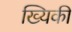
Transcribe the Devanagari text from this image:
ख्यिकी